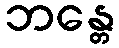
ဘန္တေ